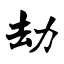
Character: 劫